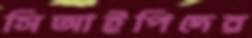
সিআইপিদের